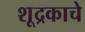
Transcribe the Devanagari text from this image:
शूद्रकाचे